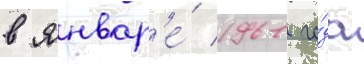
в январ'е́ 1961 го́да